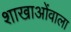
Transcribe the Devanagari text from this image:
शाखाओंवाला